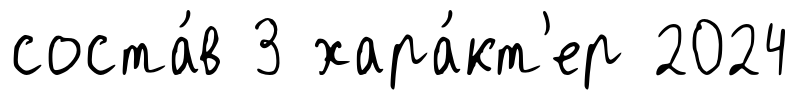
соста́в 3 хара́кт'ер 2024